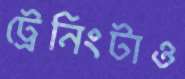
ট্রেনিংটাও